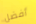
أفضل